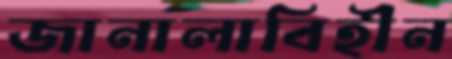
জানালাবিহীন